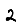
Digit: 2